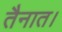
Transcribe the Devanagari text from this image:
तैनात।